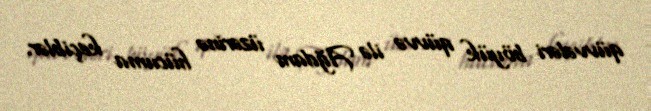
qüvvələri böyük qüvvə ilə Ağdam üzərinə hücuma keçiblər.